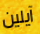
آيلين